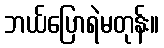
ဘယ်ပြောရဲမတုန်း။